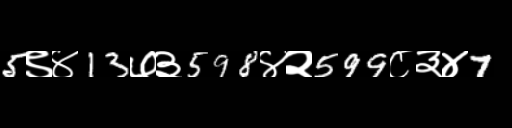
Text: 5९४13७३598४२599८३४7